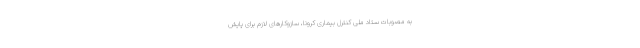
به مصوبات ستاد ملی کنترل بیماری کرونا، سازوکارهای لازم برای پایش